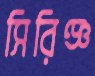
সিরিঞ্জ